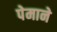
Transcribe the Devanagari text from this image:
पेमाने